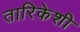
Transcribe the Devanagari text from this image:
तारिकेशी